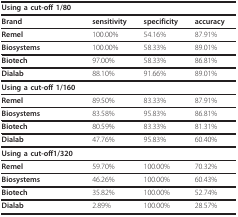
| Using a cut-off 1/80 |  |  |  |
 | --- | --- | --- | --- |
 | Brand | sensitivity | specificity | accuracy |
 | Remel | 100.00% | 54.16% | 87.91% |
 | Biosystems | 100.00% | 58.33% | 89.01% |
 | Biotech | 97.00% | 58.33% | 86.81% |
 | Dialab | 88.10% | 91.66% | 89.01% |
 | Using a cut-off 1/160 |  |  |  |
 | Remel | 89.50% | 83.33% | 87.91% |
 | Biosystems | 83.58% | 95.83% | 86.81% |
 | Biotech | 80.59% | 83.33% | 81.31% |
 | Dialab | 47.76% | 95.83% | 60.40% |
 | Using a cut-off1/320 |  |  |  |
 | Remel | 59.70% | 100.00% | 70.32% |
 | Biosystems | 46.26% | 100.00% | 60.43% |
 | Biotech | 35.82% | 100.00% | 52.74% |
 | Dialab | 2.89% | 100.00% | 28.57% |